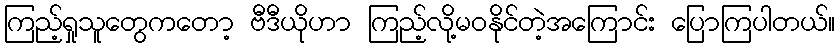
ကြည့်ရှုသူတွေကတော့ ဗီဒီယိုဟာ ကြည့်လို့မဝနိုင်တဲ့အကြောင်း ပြောကြပါတယ်။